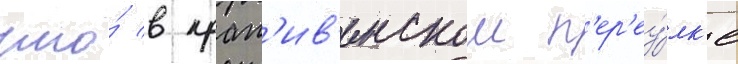
что́ в крап'ив'енском п'ер'еу́лк'е